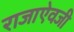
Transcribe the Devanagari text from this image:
राजाएेवजी